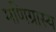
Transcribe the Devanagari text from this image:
मणिग्रास्य